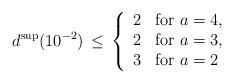
LaTeX: \begin{align*}d^{\rm sup}(10^{-2})\,\le\,\left\{\begin{array}{ll}2&\mbox{for\ }a=4,\\2&\mbox{for\ }a=3,\\3&\mbox{for\ }a=2 \end{array}\right.\end{align*}